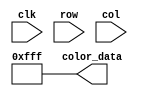
`timescale 1ns / 1ps

module white_block_rom(
    input wire clk,
	input wire [3:0] row,
	input wire [2:0] col,
	output reg [11:0] color_data
    );
  (* rom_style = "block" *)
  
	reg [3:0] row_reg;
	reg [2:0] col_reg;

	always @(posedge clk)
		begin
		row_reg <= row;
		col_reg <= col;
		end
	always @*
	casez ({row_reg, col_reg})
	7'bzzzzzzz : color_data = 12'b111111111111 ;
	
	endcase
    
    
endmodule